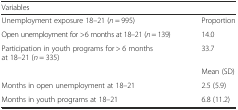
<table><thead><tr><td><b>Variables</b></td><td>[EMPTY_CELL]</td></tr></thead><tbody><tr><td>Unemployment exposure 18–21 (<i>n</i> = 995)</td><td>Proportion</td></tr><tr><td>Open unemployment for &gt;6 months at 18–21 (<i>n</i> = 139)</td><td>14.0</td></tr><tr><td>Participation in youth programs for &gt; 6 months at 18–21 (<i>n</i> = 335)</td><td>33.7</td></tr><tr><td>[EMPTY_CELL]</td><td>Mean (SD)</td></tr><tr><td>Months in open unemployment at 18–21</td><td>2.5 (5.9)</td></tr><tr><td>Months in youth programs at 18–21</td><td>6.8 (11.2)</td></tr></tbody></table>